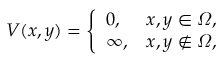
V ( x , y ) = \left\{ \begin{array} { l l } { 0 , } & { x , y \in \varOmega , } \\ { \infty , } & { x , y \notin \varOmega , } \end{array} \right.